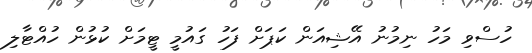
ހުސްވި މަހު ނިމުނު އޭޝިއަން ކަޕަށް ފަހު ގައުމީ ޓީމަށް ކުޅުން ހުއްޓާލި